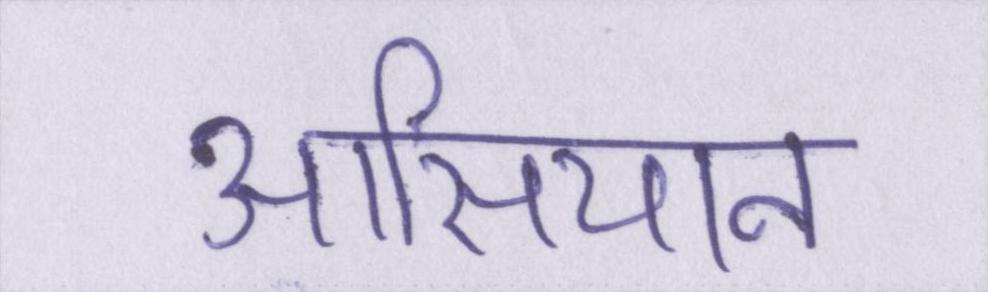
आसियान